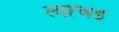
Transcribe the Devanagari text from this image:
त्याचइ